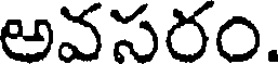
అవసరం.